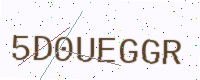
Text: 5D0UEGGR